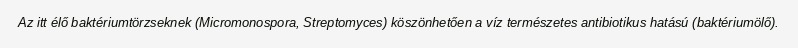
Az itt élő baktériumtörzseknek (Micromonospora, Streptomyces) köszönhetően a víz természetes antibiotikus hatású (baktériumölő).